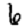
Digit: 6